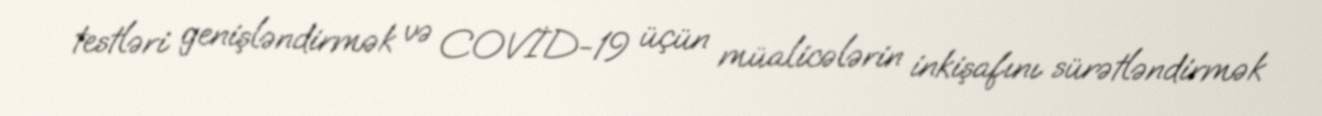
testləri genişləndirmək və COVİD-19 üçün müalicələrin inkişafını sürətləndirmək